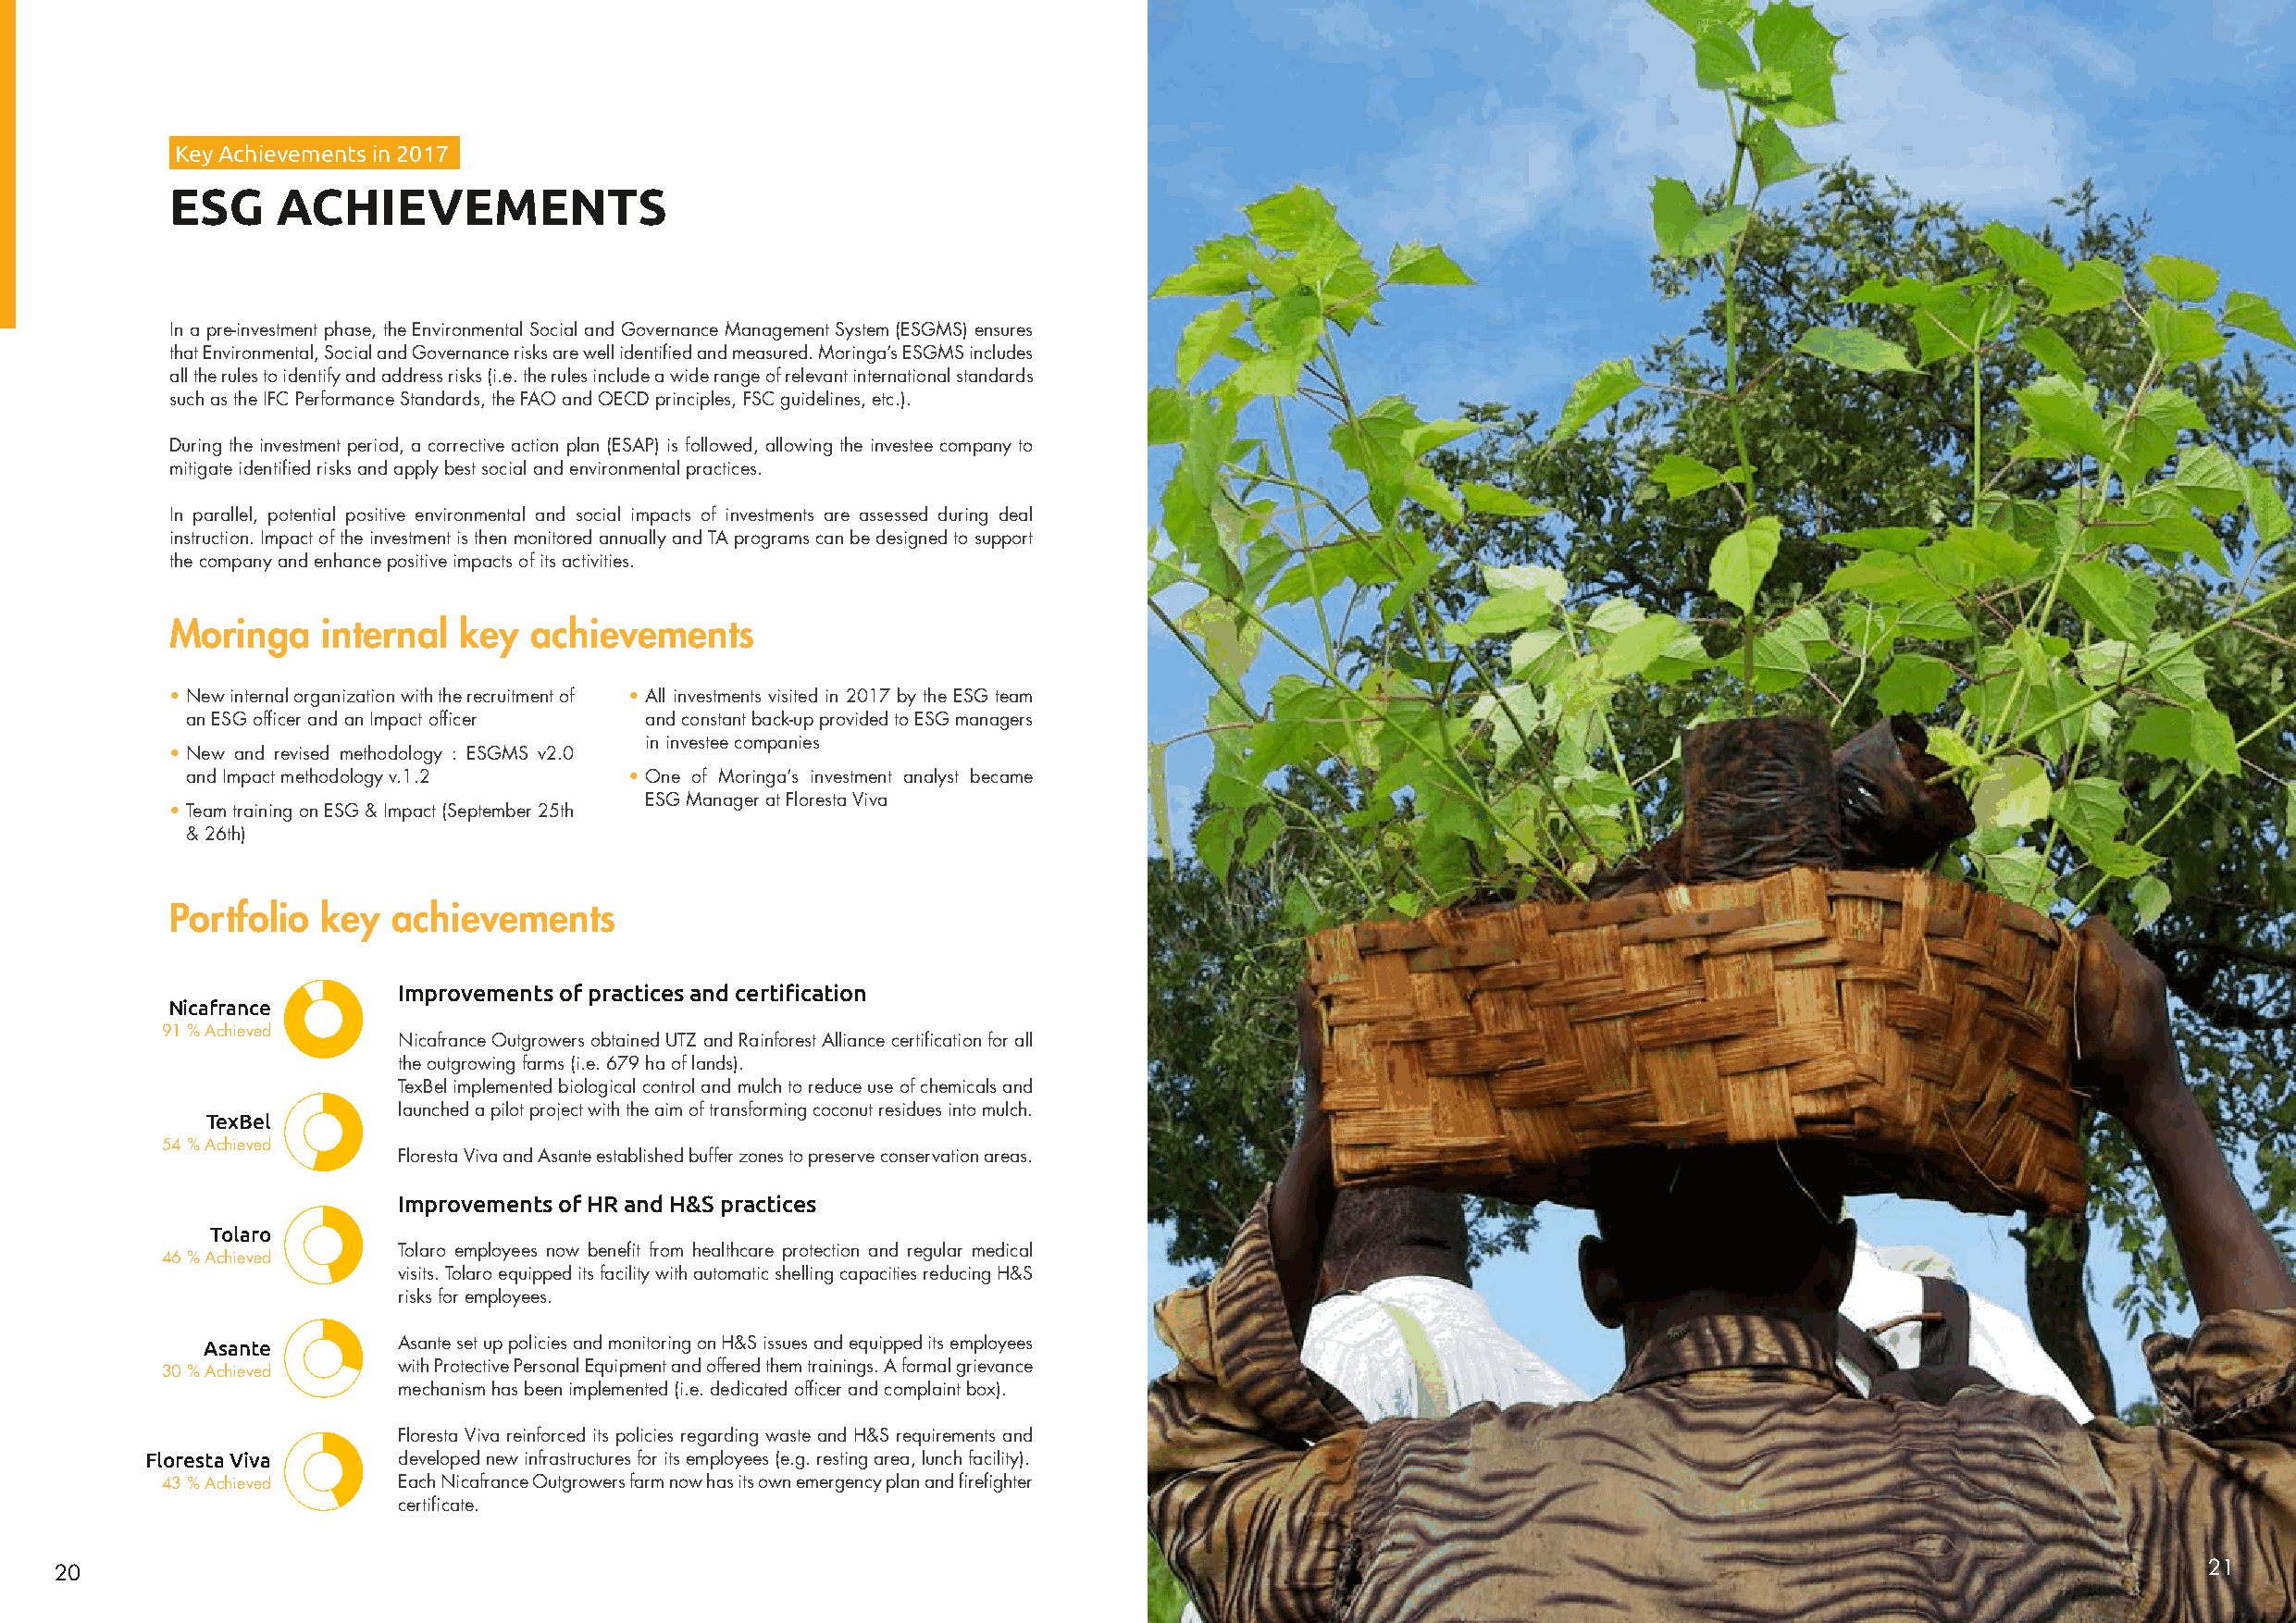
Key Achievements in 2017
 ESG     ACHIEVEMENTS
 In a pre-investment phase, the Environmental Social and Governance Management System (ESGMS) ensures
 that Environmental, Social and Governance risks are well identified and measured. Moringa’s ESGMS includes
 all the rules to identify and address risks (i.e. the rules include a wide range of relevant international standards
 such as the IFC Performance Standards, the FAO and OECD principles, FSC guidelines, etc.).
 During the investment period, a corrective action plan (ESAP) is followed, allowing the investee company to
 mitigate identified risks and apply best social and environmental practices.
 In parallel, potential positive environmental and social impacts of investments are assessed during deal
 instruction. Impact of the investment is then monitored annually and TA programs can be designed to support
 the company and enhance positive impacts of its activities.
 Moringa    internal  key  achievements
 • New internal organization with the recruitment of • All investments visited in 2017 by the ESG team
 an ESG officer and an Impact officer and constant back-up provided to ESG managers
 in investee companies
 • New and revised methodology : ESGMS v2.0
 and Impact methodology v.1.2    • One of Moringa’s investment analyst became
 ESG Manager at Floresta Viva
 • Team training on ESG & Impact (September 25th
 & 26th)
 Portfolio  key  achievements
 Improvements of practices and certification
 Nicafrance
 91 % Achieved
 Nicafrance Outgrowers obtained UTZ and Rainforest Alliance certification for all
 the outgrowing farms (i.e. 679 ha of lands).
 TexBel implemented biological control and mulch to reduce use of chemicals and
 launched a pilot project with the aim of transforming coconut residues into mulch.
 TexBel
 54 % Achieved
 Floresta Viva and Asante established buffer zones to preserve conservation areas.
 Improvements of HR and H&S practices
 Tolaro
 Tolaro employees now benefit from healthcare protection and regular medical
 46 % Achieved
 visits. Tolaro equipped its facility with automatic shelling capacities reducing H&S
 risks for employees.
 Asante       Asante set up policies and monitoring on H&S issues and equipped its employees
 30 % Achieved   with Protective Personal Equipment and offered them trainings. A formal grievance
 mechanism has been implemented (i.e. dedicated officer and complaint box).
 Floresta Viva reinforced its policies regarding waste and H&S requirements and
 Floresta Viva     developed new infrastructures for its employees (e.g. resting area, lunch facility).
 43 % Achieved   Each Nicafrance Outgrowers farm now has its own emergency plan and firefighter
 certificate.
 20                                                                                                                                                        21